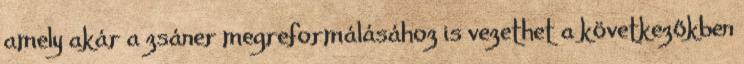
amely akár a zsáner megreformálásához is vezethet a következőkben